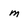
Character: m